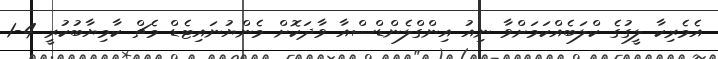
އެމެރިކާ ލީގުގެ ކްލަބެއްކަމަށްވާ ނިއު އިންގްލެންޑްސްއާ ވާދަކޮށް މެންޔުނައިޓެޑް މެޗް ކާމިޔާބުކުރީ 4-1